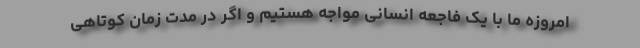
امروزه ما با یک فاجعه انسانی مواجه هستیم و اگر در مدت زمان کوتاهی